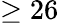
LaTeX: \geq 26